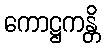
ကောဋ္ဌကန္တိ